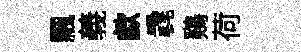
飄義歔毳鷄荷